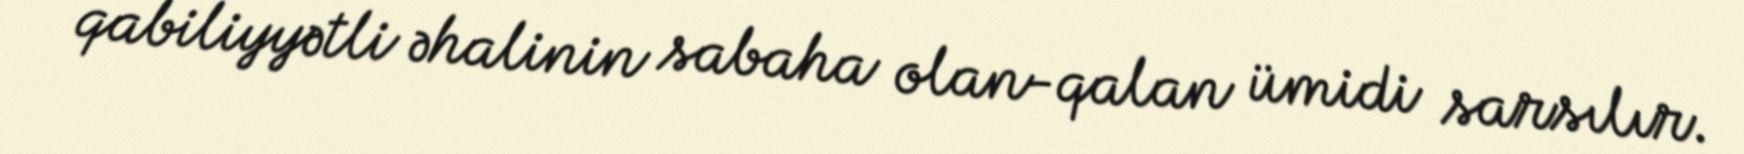
qabiliyyətli əhalinin sabaha olan-qalan ümidi sarsılır.